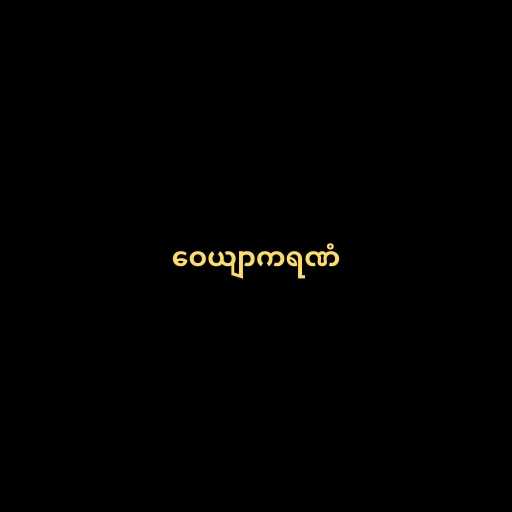
ဝေယျာကရဏံ